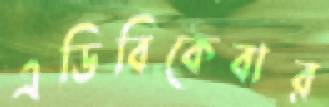
এডিবিকেবার